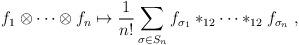
LaTeX: \begin{align*}f_1\otimes\cdots\otimes f_n \mapsto \frac{1}{n!}\sum_{\sigma\in S_n}f_{\sigma_1}\ast_{12}\cdots\ast_{12} f_{\sigma_n}\; ,\end{align*}